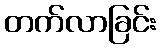
တက်လာခြင်း